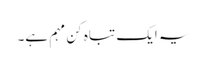
یہ ایک تباہ کن مہم ہے۔